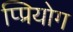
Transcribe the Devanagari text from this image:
प्प्रियोग